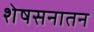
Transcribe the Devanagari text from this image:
शेषसनातन